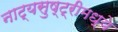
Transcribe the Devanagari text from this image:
नाट्यसुष्ट्रीमध्ये